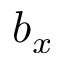
b _ { x }